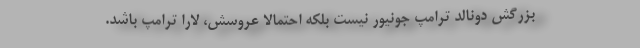
بزرگش دونالد ترامپ جونیور نیست بلکه احتمالا عروسش، لارا ترامپ باشد.